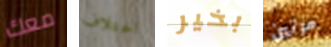
معك اختلاف بخير مرتين